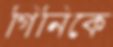
গিনিকে